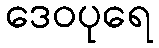
ဒေဝပုရေ